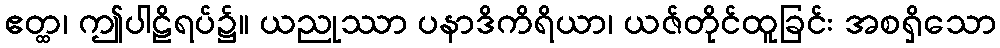
ဧတ္ထ၊ ဤပါဠိရပ်၌။ ယညုဿာ ပနာဒိကိရိယာ၊ ယဇ်တိုင်ထူခြင်း အစရှိသော